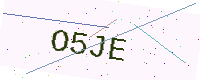
Text: O5JE